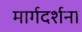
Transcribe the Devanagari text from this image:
मार्गदर्शना